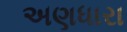
અણધારા